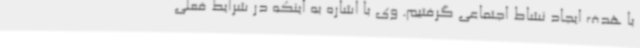
با هدف ایجاد نشاط اجتماعی گرفتیم. وی با اشاره به اینکه در شرایط فعلی